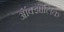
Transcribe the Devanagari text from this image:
ऑक्झाँलिक